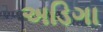
અડિગા